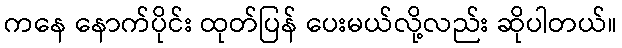
ကနေ နောက်ပိုင်း ထုတ်ပြန် ပေးမယ်လို့လည်း ဆိုပါတယ်။